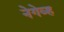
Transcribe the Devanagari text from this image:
नेगेव्ह